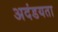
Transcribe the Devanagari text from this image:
अदंडयता